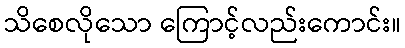
သိစေလိုသော ကြောင့်လည်းကောင်း။